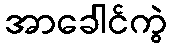
အာခေါင်ကွဲ